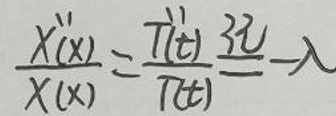
$\frac{X''(x)}{X(x)} = \frac{T''(t)}{T(t)} - \frac{3u}{v} - \lambda$